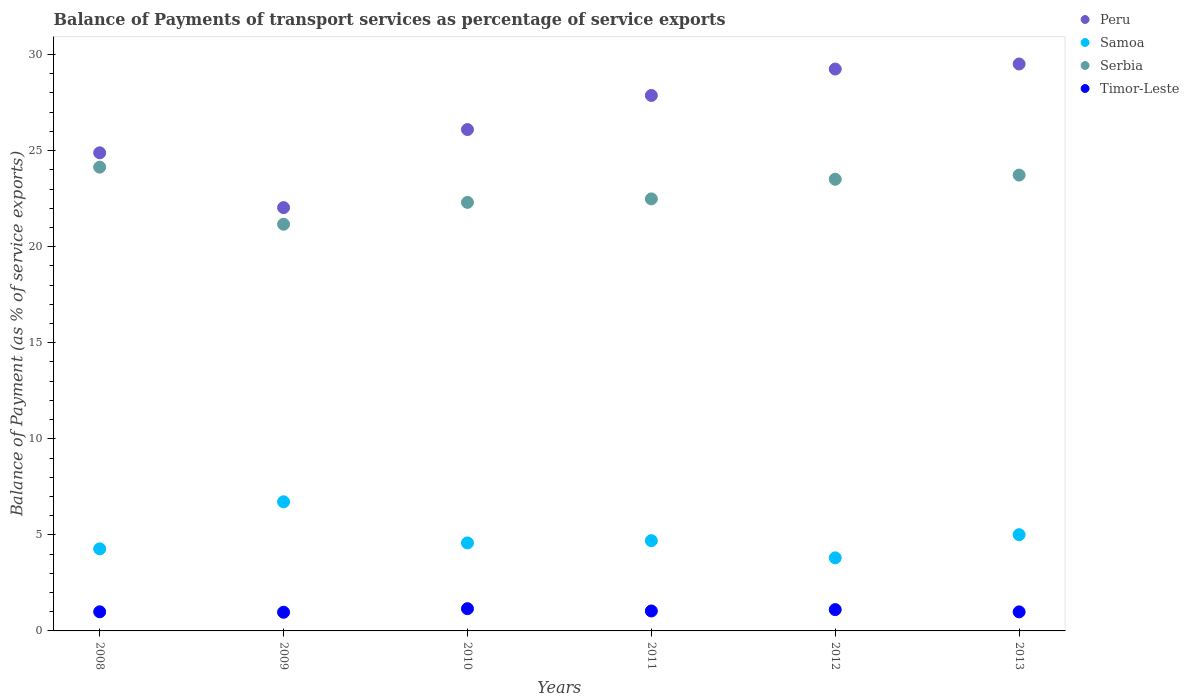
| Years | Peru | Samoa | Serbia | Timor-Leste |
 | --- | --- | --- | --- | --- |
 | 2008 | 24.9 | 4.27 | 24.1 | 0.995 |
 | 2009 | 22 | 6.72 | 21.2 | 0.972 |
 | 2010 | 26.1 | 4.58 | 22.3 | 1.16 |
 | 2011 | 27.9 | 4.7 | 22.5 | 1.04 |
 | 2012 | 29.2 | 3.8 | 23.5 | 1.11 |
 | 2013 | 29.5 | 5.01 | 23.7 | 0.991 |